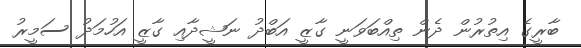
ބާރީގެ އިތުރުން ދެން ތިއްބަވަނީ ގާޒީ އަބްދު ނަޝީދާއި ގާޒީ އަހުމަދު ސަމީރު